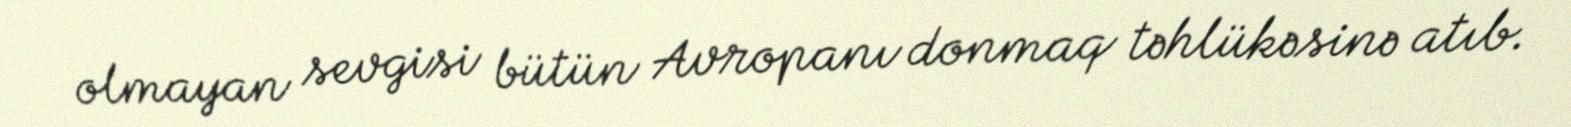
olmayan sevgisi bütün Avropanı donmaq təhlükəsinə atıb.